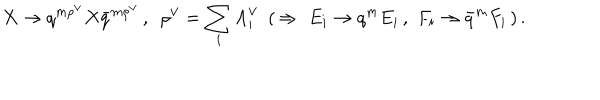
X \to q ^ { m { \rho } ^ { \vee } } X { \bar { q } } ^ { m { \rho } ^ { \vee } } \, , \, \, \, { \rho } ^ { \vee } = \sum _ { i } { \Lambda } _ { i } ^ { \vee } \, \, \, ( \, \Rightarrow \, \, E _ { i } \to q ^ { m } E _ { i } \, , \, \, F _ { i } \to { \bar { q } } ^ { m } F _ { i } \, ) \, .